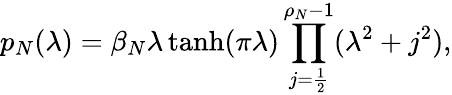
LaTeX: p_{N}(\lambda)=\beta_{N}\lambda\operatorname{tanh}(\pi\lambda)\prod_{j=\frac 12}^{\rho_{N}-1}(\lambda^{2}+j^{2}),